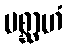
ပစ္ဆာဟံ